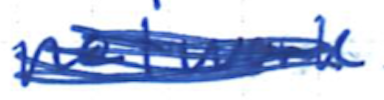
Text: network
Cross-out: mix
Writing tool: ballpoint